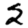
Digit: 2